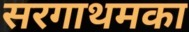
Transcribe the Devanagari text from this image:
सरगाथमका